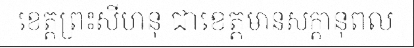
ខេត្តព្រះសីហនុ ជាខេត្តមានសក្តានុពល